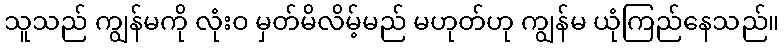
သူသည် ကျွန်မကို လုံးဝ မှတ်မိလိမ့်မည် မဟုတ်ဟု ကျွန်မ ယုံကြည်နေသည်။